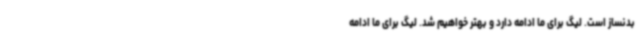
بدنساز است. لیگ برای ما ادامه دارد و بهتر خواهیم شد. لیگ برای ما ادامه